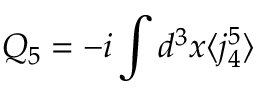
Q _ { 5 } = - i \int d ^ { 3 } x \langle j _ { 4 } ^ { 5 } \rangle